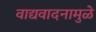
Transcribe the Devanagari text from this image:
वाद्यवादनामुळे